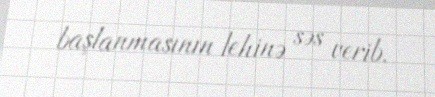
başlanmasının lehinə səs verib.